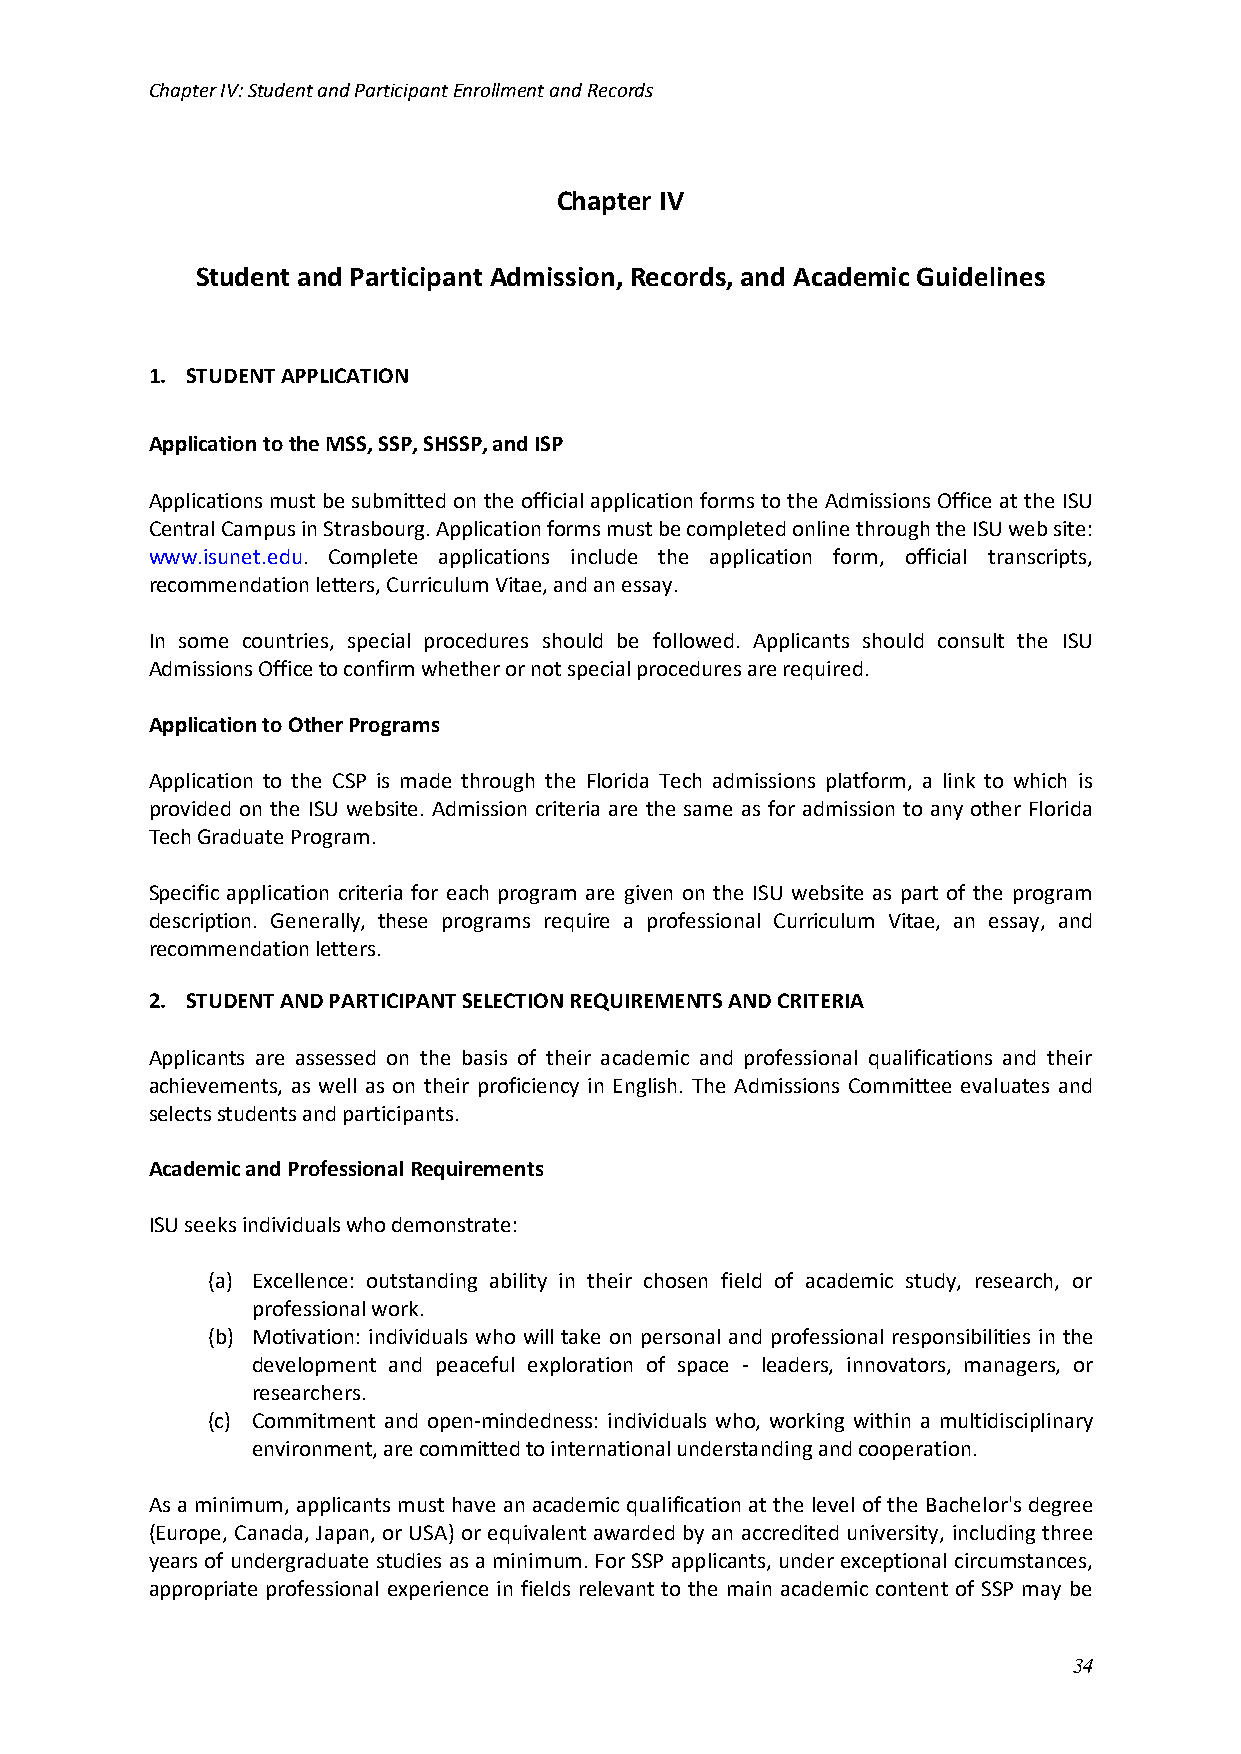
Chapter IV: Student and Participant Enrollment and Records
 Chapter IV
 Student and Participant Admission, Records, and Academic Guidelines
 1. STUDENT APPLICATION
 Application to the MSS, SSP, SHSSP, and ISP
 Applications must be submitted on the official application forms to the Admissions Office at the ISU
 Central Campus in Strasbourg. Application forms must be completed online through the ISU web site:
 www.isunet.edu. Complete applications include the application form, official transcripts,
 recommendation letters, Curriculum Vitae, and an essay.
 In some countries, special procedures should be followed. Applicants should consult the ISU
 Admissions Office to confirm whether or not special procedures are required.
 Application to Other Programs
 Application to the CSP is made through the Florida Tech admissions platform, a link to which is
 provided on the ISU website. Admission criteria are the same as for admission to any other Florida
 Tech Graduate Program.
 Specific application criteria for each program are given on the ISU website as part of the program
 description. Generally, these programs require a professional Curriculum Vitae, an essay, and
 recommendation letters.
 2. STUDENT AND PARTICIPANT SELECTION REQUIREMENTS AND CRITERIA
 Applicants are assessed on the basis of their academic and professional qualifications and their
 achievements, as well as on their proficiency in English. The Admissions Committee evaluates and
 selects students and participants.
 Academic and Professional Requirements
 ISU seeks individuals who demonstrate:
 (a) Excellence: outstanding ability in their chosen field of academic study, research, or
 professional work.
 (b) Motivation: individuals who will take on personal and professional responsibilities in the
 development and peaceful exploration of space - leaders, innovators, managers, or
 researchers.
 (c) Commitment and open-mindedness: individuals who, working within a multidisciplinary
 environment, are committed to international understanding and cooperation.
 As a minimum, applicants must have an academic qualification at the level of the Bachelor's degree
 (Europe, Canada, Japan, or USA) or equivalent awarded by an accredited university, including three
 years of undergraduate studies as a minimum. For SSP applicants, under exceptional circumstances,
 appropriate professional experience in fields relevant to the main academic content of SSP may be
 34